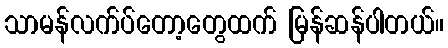
သာမန်လက်ပ်တော့တွေထက် မြန်ဆန်ပါတယ်။